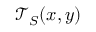
\ensuremath { \mathcal { T } } _ { S } ( x , y )